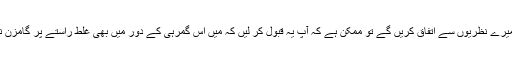
اگر آپ میرے نظریوں سے اتفاق کریں گے تو ممکن ہے کہ آپ یہ قبول کر لیں کہ میں اس گمرہی کے دور میں بھی غلط راستے پر گامزن نہیں ہوں۔